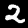
Label: 2